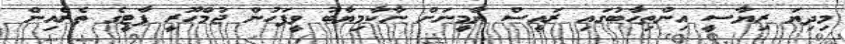
މިދިޔަ ރިޔާސީ އިންތިހާބުގައި ރައީސް ޔާމީނަށް ނާކާމިޔާބު ވީފަހުން ޖުމްހޫރީ ޕާޓީގެ ތެރެއިން